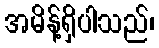
အမိန့်ရှိပါသည်၊